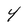
Character: 4